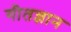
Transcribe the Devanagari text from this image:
गीतज्ञान